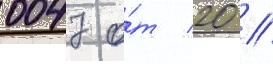
0047 о́т 20 //